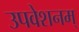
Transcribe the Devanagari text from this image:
उपवेशनम्